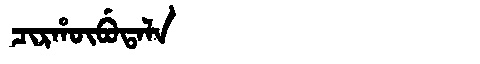
Manchu: ᠴᡳᡵᡥᡡᠪᡠᡨᠠᠯᠠ
Romanization: CIRHŪBUTALA